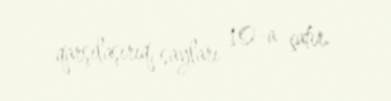
qarşılaşırıq, sayları 10-a çatır.